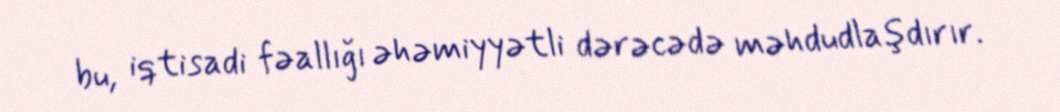
bu, iqtisadi fəallığı əhəmiyyətli dərəcədə məhdudlaşdırır.